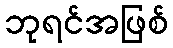
ဘုရင်အဖြစ်